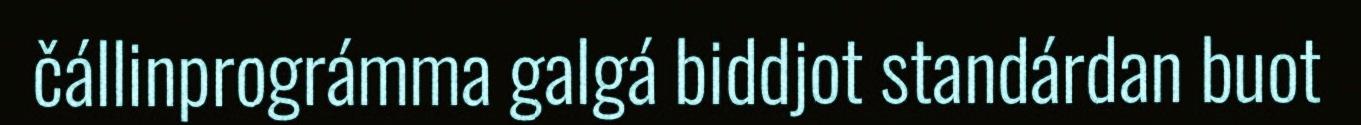
čállinprográmma galgá biddjot standárdan buot